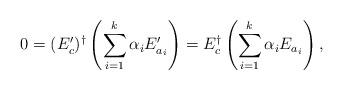
LaTeX: \begin{align*}0 = (E'_c)^\dagger \left(\sum_{i=1}^k\alpha_i E'_{a_i} \right) = E_c^\dagger \left(\sum_{i=1}^k\alpha_iE_{a_i}\right),\end{align*}